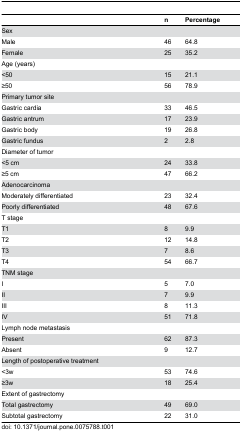
<table><thead><tr><td></td><td><b>n</b></td><td><b>Percentage</b></td></tr></thead><tbody><tr><td>Sex</td><td></td><td></td></tr><tr><td>Male</td><td>46</td><td>64.8</td></tr><tr><td>Female</td><td>25</td><td>35.2</td></tr><tr><td>Age (years)</td><td></td><td></td></tr><tr><td>&lt;50</td><td>15</td><td>21.1</td></tr><tr><td>≥50</td><td>56</td><td>78.9</td></tr><tr><td>Primary tumor site</td><td></td><td></td></tr><tr><td>Gastric cardia</td><td>33</td><td>46.5</td></tr><tr><td>Gastric antrum</td><td>17</td><td>23.9</td></tr><tr><td>Gastric body</td><td>19</td><td>26.8</td></tr><tr><td>Gastric fundus</td><td>2</td><td>2.8</td></tr><tr><td>Diameter of tumor</td><td></td><td></td></tr><tr><td>&lt;5 cm</td><td>24</td><td>33.8</td></tr><tr><td>≥5 cm</td><td>47</td><td>66.2</td></tr><tr><td>Adenocarcinoma</td><td></td><td></td></tr><tr><td>Moderately differentiated</td><td>23</td><td>32.4</td></tr><tr><td>Poorly differentiated</td><td>48</td><td>67.6</td></tr><tr><td>T stage</td><td></td><td></td></tr><tr><td>T1</td><td>8</td><td>9.9</td></tr><tr><td>T2</td><td>12</td><td>14.8</td></tr><tr><td>T3</td><td>7</td><td>8.6</td></tr><tr><td>T4</td><td>54</td><td>66.7</td></tr><tr><td>TNM stage</td><td></td><td></td></tr><tr><td>I</td><td>5</td><td>7.0</td></tr><tr><td>II</td><td>7</td><td>9.9</td></tr><tr><td>III</td><td>8</td><td>11.3</td></tr><tr><td>IV</td><td>51</td><td>71.8</td></tr><tr><td>Lymph node metastasis</td><td></td><td></td></tr><tr><td>Present</td><td>62</td><td>87.3</td></tr><tr><td>Absent</td><td>9</td><td>12.7</td></tr><tr><td>Length of postoperative treatment</td><td></td><td></td></tr><tr><td>&lt;3w</td><td>53</td><td>74.6</td></tr><tr><td>≥3w</td><td>18</td><td>25.4</td></tr><tr><td>Extent of gastrectomy</td><td></td><td></td></tr><tr><td>Total gastrectomy</td><td>49</td><td>69.0</td></tr><tr><td>Subtotal gastrectomy</td><td>22</td><td>31.0</td></tr></tbody></table>